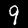
Label: 9